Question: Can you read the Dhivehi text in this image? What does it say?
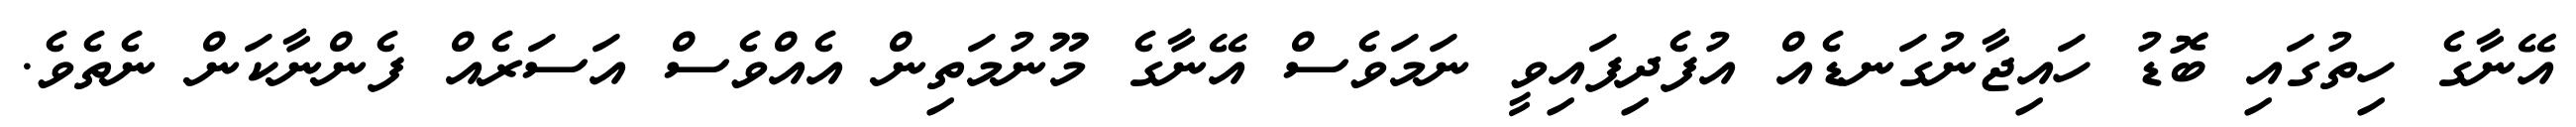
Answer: އޭނާގެ ހިތުގައި ބޮޑު ހައިޖާނުގަނޑެއް އުފެދިފައިވީ ނަމަވެސް އޭނާގެ މޫނުމަތިން އެއްވެސް އަސަރެއް ފެންނާކަން ނެތެވެ.